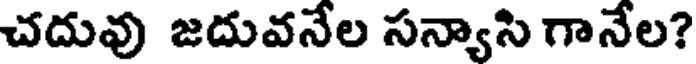
చదువు జదువనేల సన్యాసి గానేల?